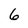
Character: 6